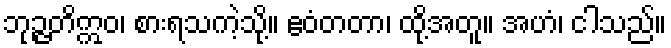
ဘုဉ္ဇတိဣဝ၊ စားရသကဲ့သို့။ ဧဝံတတာ၊ ထို့အတူ။ အဟံ၊ ငါသည်။